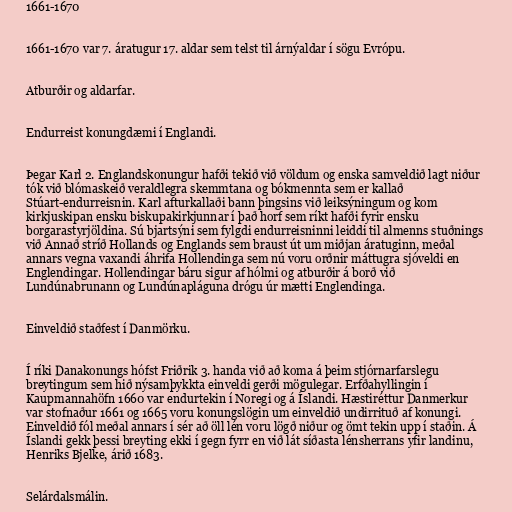
1661-1670

1661-1670 var 7. áratugur 17. aldar sem telst til árnýaldar í sögu Evrópu.

Atburðir og aldarfar.

Endurreist konungdæmi í Englandi.

Þegar Karl 2. Englandskonungur hafði tekið við völdum og enska samveldið lagt niður
tók við blómaskeið veraldlegra skemmtana og bókmennta sem er kallað
Stúart-endurreisnin. Karl afturkallaði bann þingsins við leiksýningum og kom
kirkjuskipan ensku biskupakirkjunnar í það horf sem ríkt hafði fyrir ensku
borgarastyrjöldina. Sú bjartsýni sem fylgdi endurreisninni leiddi til almenns stuðnings
við Annað stríð Hollands og Englands sem braust út um miðjan áratuginn, meðal
annars vegna vaxandi áhrifa Hollendinga sem nú voru orðnir máttugra sjóveldi en
Englendingar. Hollendingar báru sigur af hólmi og atburðir á borð við
Lundúnabrunann og Lundúnapláguna drógu úr mætti Englendinga.

Einveldið staðfest í Danmörku.

Í ríki Danakonungs hófst Friðrik 3. handa við að koma á þeim stjórnarfarslegu
breytingum sem hið nýsamþykkta einveldi gerði mögulegar. Erfðahyllingin í
Kaupmannahöfn 1660 var endurtekin í Noregi og á Íslandi. Hæstiréttur Danmerkur
var stofnaður 1661 og 1665 voru konungslögin um einveldið undirrituð af konungi.
Einveldið fól meðal annars í sér að öll lén voru lögð niður og ömt tekin upp í staðin. Á
Íslandi gekk þessi breyting ekki í gegn fyrr en við lát síðasta lénsherrans yfir landinu,
Henriks Bjelke, árið 1683.

Selárdalsmálin.